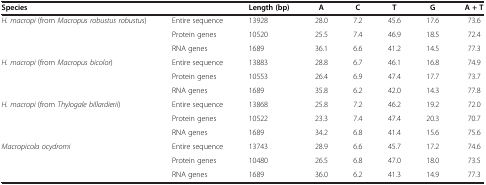
| Species |  | Length (bp) | A | C | T | G | A + T |
 | --- | --- | --- | --- | --- | --- | --- | --- |
 | H. macropi (from Macropus robustus robustus) | Entire sequence | 13928 | 28.0 | 7.2 | 45.6 | 17.6 | 73.6 |
 |  | Protein genes | 10520 | 25.5 | 7.4 | 46.9 | 18.5 | 72.4 |
 |  | RNA genes | 1689 | 36.1 | 6.6 | 41.2 | 14.5 | 77.3 |
 | H. macropi (from Macropus bicolor) | Entire sequence | 13883 | 28.8 | 6.7 | 46.1 | 16.8 | 74.9 |
 |  | Protein genes | 10553 | 26.4 | 6.9 | 47.4 | 17.7 | 73.7 |
 |  | RNA genes | 1689 | 35.8 | 6.2 | 42.0 | 14.3 | 77.8 |
 | H. macropi (from Thylogale billardierii) | Entire sequence | 13868 | 25.8 | 7.2 | 46.2 | 19.2 | 72.0 |
 |  | Protein genes | 10522 | 23.3 | 7.4 | 47.4 | 20.3 | 70.7 |
 |  | RNA genes | 1689 | 34.2 | 6.8 | 41.4 | 15.6 | 75.6 |
 | Macropicola ocydromi | Entire sequence | 13743 | 28.9 | 6.6 | 45.7 | 17.2 | 74.6 |
 |  | Protein genes | 10480 | 26.5 | 6.8 | 47.0 | 18.0 | 73.5 |
 |  | RNA genes | 1689 | 36.0 | 6.2 | 41.3 | 14.9 | 77.3 |